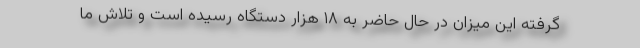
گرفته این میزان در حال حاضر به ۱۸ هزار دستگاه رسیده است و تلاش ما